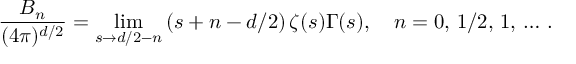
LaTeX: \frac { B _ { n } } { ( 4 \pi ) ^ { d / 2 } } = \operatorname * { l i m } _ { s \to d / 2 - n } \left( s + n - d / 2 \right) \zeta ( s ) \Gamma ( s ) , \quad n = 0 , \, 1 / 2 , \, 1 , \, \ldots \, { . }